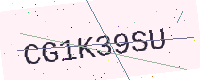
Text: CG1K39SU